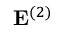
{ \bf E } ^ { ( 2 ) }